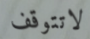
لاتتوقف